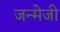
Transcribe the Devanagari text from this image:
जन्मेजी